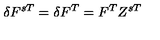
\delta F ^ { s T } = \delta F ^ { T } = F ^ { T } Z ^ { s T }